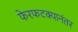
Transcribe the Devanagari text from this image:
फेरफटक्यानंतर